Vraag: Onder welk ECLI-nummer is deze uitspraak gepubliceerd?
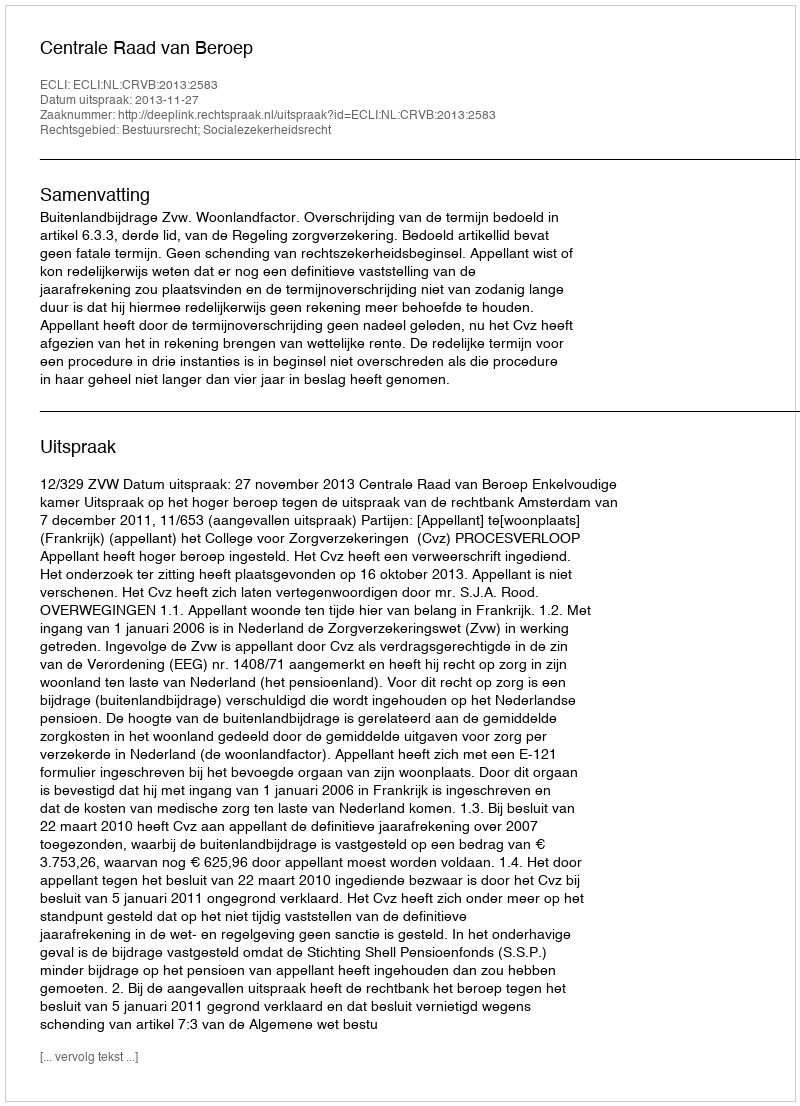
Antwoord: ECLI:NL:CRVB:2013:2583